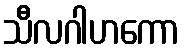
သီလဂါဟကော